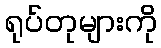
ရုပ်တုများကို